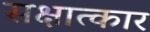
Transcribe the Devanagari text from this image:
सक्षात्कार